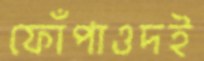
ফোঁপাওদই